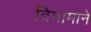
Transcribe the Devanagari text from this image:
विमामाने